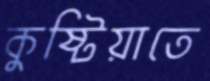
কুষ্টিয়াতে